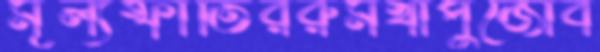
মূল্যস্ফীতিররুমখাঁপুজোব